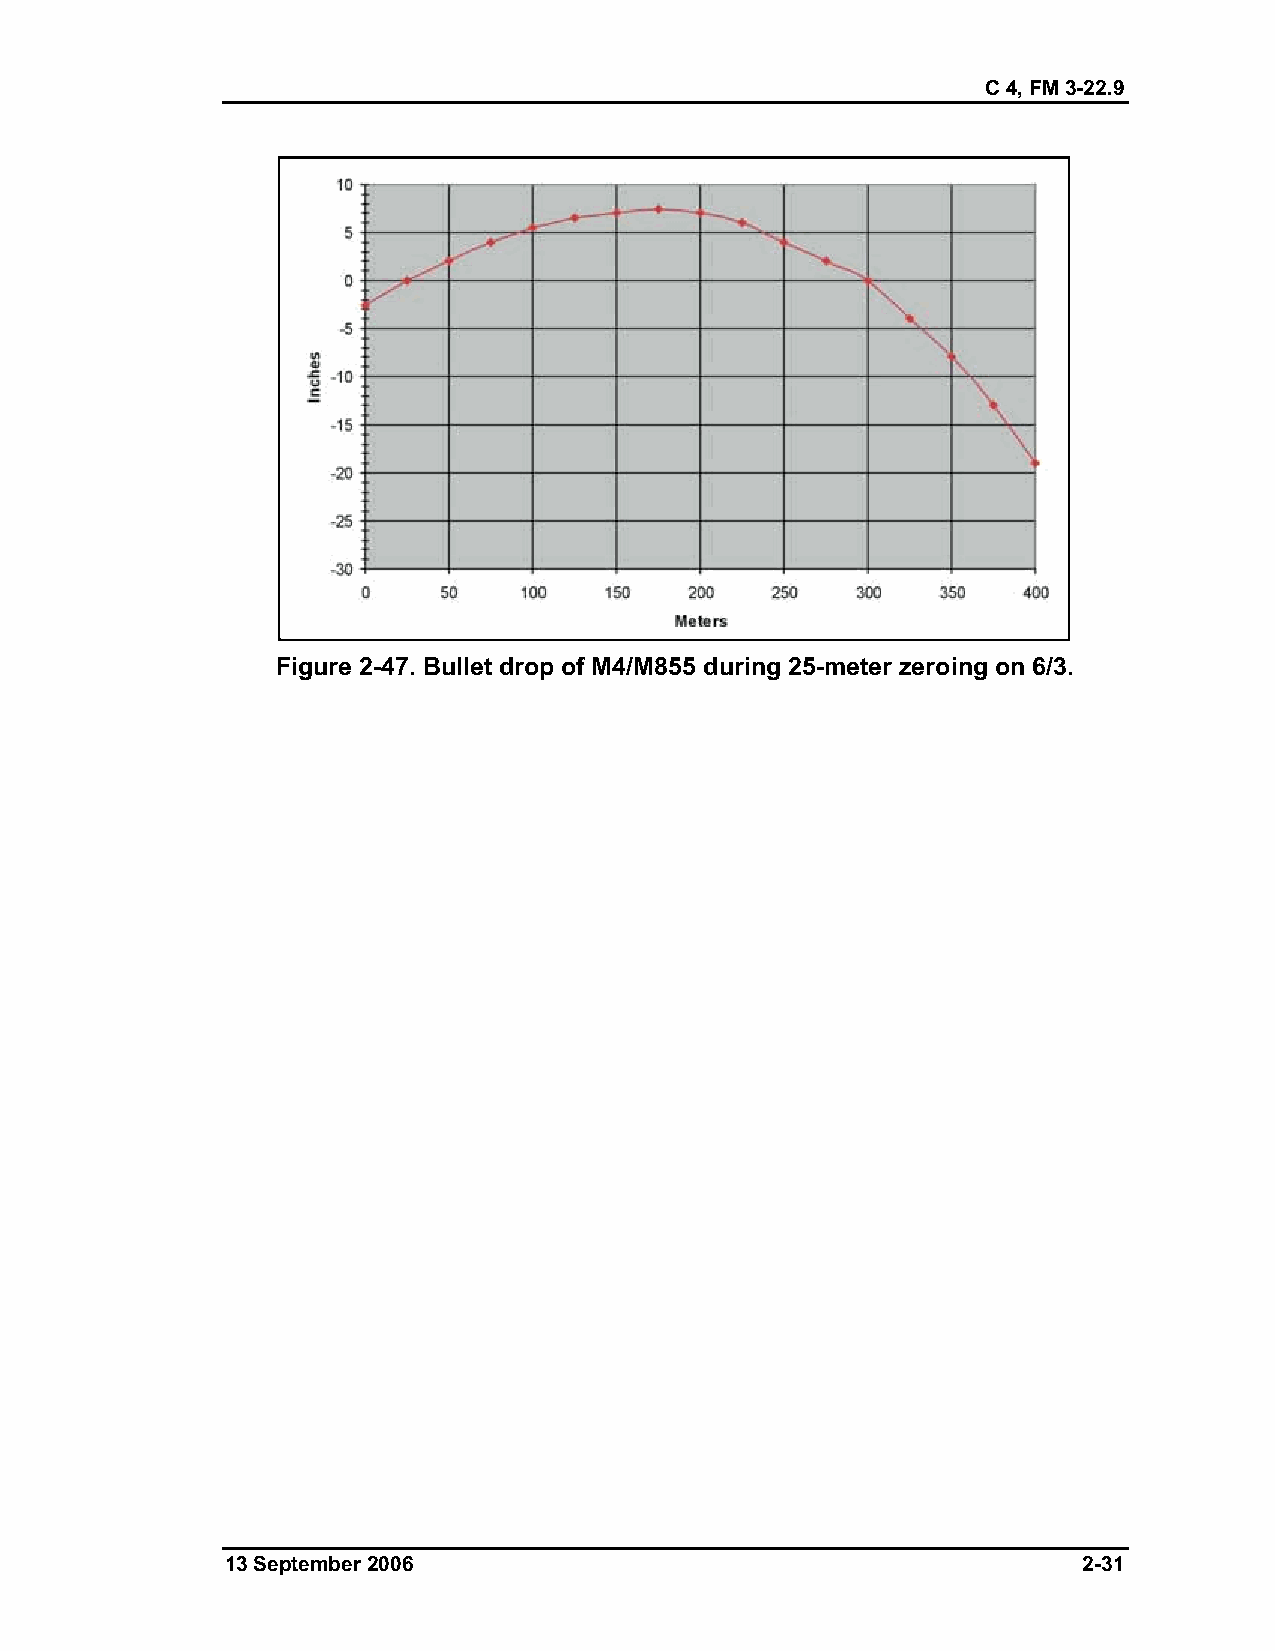
C 4, FM 3-22.9
 Figure 2-47. Bullet drop of M4/M855 during 25-meter zeroing on 6/3.
 13 September 2006                                        2-31